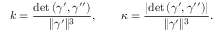
k = { \frac { \operatorname* { d e t } \left( { \boldsymbol { \gamma } } ^ { \prime } , { \boldsymbol { \gamma } } ^ { \prime \prime } \right) } { \| { \boldsymbol { \gamma } } ^ { \prime } \| ^ { 3 } } } , \qquad \kappa = { \frac { \left| \operatorname* { d e t } \left( { \boldsymbol { \gamma } } ^ { \prime } , { \boldsymbol { \gamma } } ^ { \prime \prime } \right) \right| } { \| { \boldsymbol { \gamma } } ^ { \prime } \| ^ { 3 } } } .